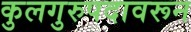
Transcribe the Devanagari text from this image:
कुलगुरुपदावरून